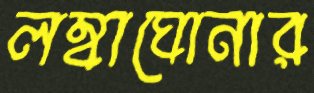
লম্বাঘোনার